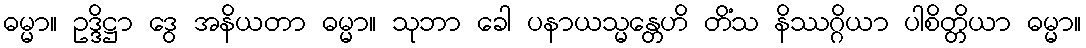
ဓမ္မာ။ ဥဒ္ဒိဋ္ဌာ ဒွေ အနိယတာ ဓမ္မာ။ သုဘာ ခေါ ပနာယသ္မန္တေဟိ တိံသ နိဿဂ္ဂိယာ ပါစိတ္တိယာ ဓမ္မာ။